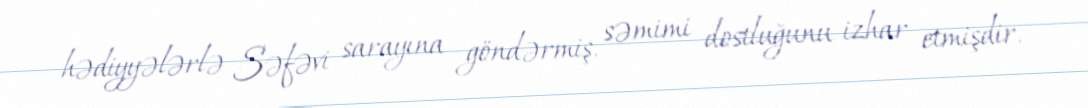
hədiyyələrlə Səfəvi sarayına göndərmiş, səmimi dostluğunu izhar etmişdir.